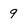
Character: 9